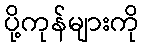
ပို့ကုန်များကို